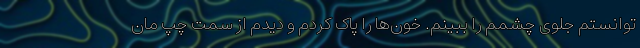
توانستم جلوی چشمم را ببینم. خون‌ها را پاک کردم و دیدم از سمت چپ مان